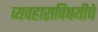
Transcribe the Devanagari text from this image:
व्यवहाराविषयीचे